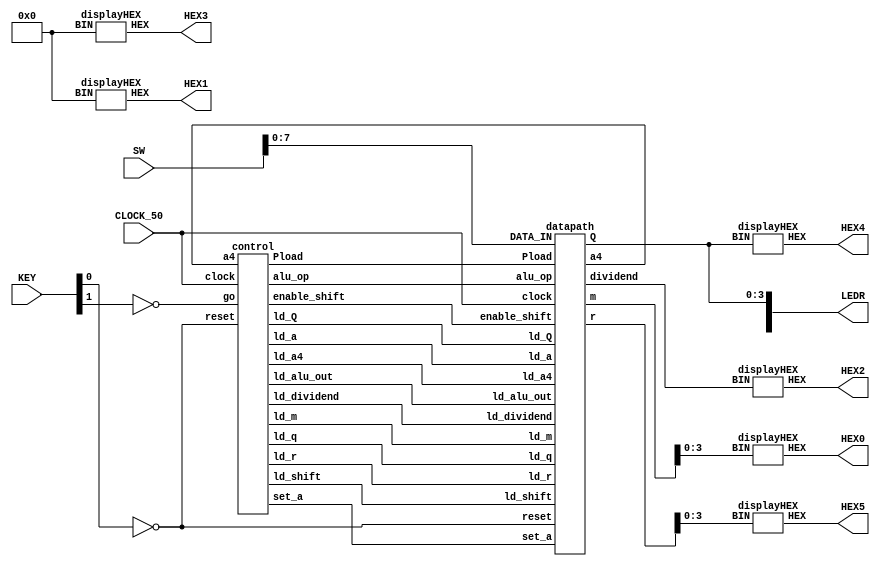
`timescale 1ns / 1ns // `timescale time_unit/time_precision

module restoringDivider4bit(input[9:0] SW, input[3:0] KEY, input CLOCK_50, output[9:0] LEDR, output[6:0] HEX0,HEX1,HEX2,HEX3,HEX4,HEX5);
	// Wires to connect datapath and control
	wire ld_m,ld_a,ld_q,ld_a4;
	wire ld_r,ld_Q,ld_dividend;
	wire ld_alu_out,alu_op,enable_shift;
	wire Pload,ld_shift,set_a;
	
	// Datapath output wires
	wire[3:0] dividend,quotient;
	wire[4:0] remainder,divisor;
	wire a4; // ALSO A CONTROL INPUT WIRE
	
	// Input wires
	wire reset,go;
	wire[7:0] DATA_IN;

	assign reset = ~KEY[0];
	assign go = ~KEY[1];
	assign DATA_IN = SW[7:0];
	
	// Control module
	control c0(
		.clock(CLOCK_50),.reset(reset),.go(go),
		.a4(a4),
		.ld_m(ld_m),.ld_a(ld_a),.ld_q(ld_q),.ld_a4(ld_a4),
		.ld_r(ld_r),.ld_Q(ld_Q),.ld_dividend(ld_dividend),
		.ld_alu_out(ld_alu_out),.alu_op(alu_op),.enable_shift(enable_shift),
		.Pload(Pload),.ld_shift(ld_shift),.set_a(set_a)
	);
	
	// Datapath module
	datapath d0(
		.clock(CLOCK_50),.reset(reset),
		.DATA_IN(DATA_IN),
		.ld_m(ld_m),.ld_a(ld_a),.ld_q(ld_q),.ld_a4(ld_a4),
		.ld_r(ld_r),.ld_Q(ld_Q),.ld_dividend(ld_dividend),
		.ld_alu_out(ld_alu_out),.alu_op(alu_op),.enable_shift(enable_shift),
		.Pload(Pload),.ld_shift(ld_shift),.set_a(set_a),
		.m(divisor),.dividend(dividend),.Q(quotient),.r(remainder),
		.a4(a4)
	);
	
	// Output
	assign LEDR[3:0] = quotient;
	displayHEX h0(.BIN(divisor[3:0]),.HEX(HEX0));
	displayHEX h1(.BIN(4'b0),.HEX(HEX1));
	displayHEX h2(.BIN(dividend),.HEX(HEX2));
	displayHEX h3(.BIN(4'b0),.HEX(HEX3));
	displayHEX h4(.BIN(quotient),.HEX(HEX4));
	displayHEX h5(.BIN(remainder[3:0]),.HEX(HEX5));
endmodule

// Tracks state and datapath control signals depending on state
module control(
	input clock,reset,go,
	input a4,
	output reg ld_m,ld_a,ld_q,ld_a4,
	output reg ld_r,ld_Q,ld_dividend,
	output reg ld_alu_out,alu_op,enable_shift,
	output reg Pload,ld_shift,set_a
	);

	// Keeps track of state
	reg[3:0] current_state,next_state;
	reg[1:0] counter;
	reg reset_counter,increment;
	
	// Assigning state values
	localparam 	S_LOAD_VALS 		= 4'd0,
					S_LOAD_VALS_WAIT 	= 4'd1,
					S_CYCLE_0 			= 4'd2,
					S_CYCLE_1 			= 4'd3,
					S_CYCLE_2 			= 4'd4,
					S_CYCLE_3 			= 4'd5,
					S_CYCLE_4 			= 4'd6,
					S_CYCLE_5 			= 4'd7,
					S_CYCLE_6 			= 4'd8,
					S_CYCLE_7			= 4'd9;
	
	// Counter register for number of cycles done
	always @(posedge clock)
	begin
		if(reset) // Active high reset
			counter <= 2'b0;
		else if(reset_counter) // Reset to beginning of cycle
			counter <= 2'b0;
		else if(increment) // Increment counter (done at end of a cycle)
			counter <= counter+1;
	end
	
	// State table
	always @(*)
	begin
		case(current_state)
			S_LOAD_VALS: // Loop in state until value is input
				next_state = go ? S_LOAD_VALS_WAIT:S_LOAD_VALS;
			S_LOAD_VALS_WAIT: // Loop in state until go signal goes low
				next_state = go ? S_LOAD_VALS_WAIT:S_CYCLE_0;
			S_CYCLE_0: // Pload shift register
				next_state = S_CYCLE_1;
			S_CYCLE_1: // Shift shift register
				next_state = S_CYCLE_2;
			S_CYCLE_2: // Load shifted values to a and q
				next_state = S_CYCLE_3;
			S_CYCLE_3: // a <- a-m
				next_state = S_CYCLE_4;
			S_CYCLE_4: // q0 <- !a4
				next_state = a4 ? S_CYCLE_5:S_CYCLE_6;
			S_CYCLE_5: // a <- a+m
				next_state = S_CYCLE_6;
			S_CYCLE_6: // Increment counter
				next_state = (counter==3) ? S_CYCLE_7:S_CYCLE_0;
			S_CYCLE_7: // Load a and q values to output
				next_state = S_LOAD_VALS;
			default: next_state = S_LOAD_VALS;
		endcase
	end
	
	// Changing data control signals
	always @(*)
	begin
		// Initializing signals to 0 to avoid latches
		ld_m = 0; ld_a = 0; ld_q = 0; ld_a4 = 0;
		ld_r = 0; ld_Q = 0; ld_dividend = 0;
		ld_alu_out = 0; alu_op = 0; enable_shift = 0;
		Pload = 0; ld_shift = 0; set_a = 0;
		increment = 0; reset_counter = 0;
		
		case(current_state)
			S_LOAD_VALS: // Load input values
			begin
				ld_m = 1;
				set_a = 1;
				ld_dividend = 1;
				ld_shift = 0; ld_q = 1;
				reset_counter = 1;
			end
			S_CYCLE_0: // Pload shift register
			begin
				Pload = 1;
			end
			S_CYCLE_1: // Shift shift register
			begin
				enable_shift = 1;
			end
			S_CYCLE_2: // Load shifted values to a and q
			begin
				ld_shift = 1; ld_q = 1;
				ld_alu_out = 0; ld_a = 1;
			end
			S_CYCLE_3: // a <- a-m
			begin
				ld_alu_out = 1; ld_a = 1;
				alu_op = 1; // Subtraction
			end
			S_CYCLE_4: // q0 <- !a4
			begin
				ld_a4 = 1;
			end
			S_CYCLE_5: // a <- a+m
			begin
				ld_alu_out = 1; ld_a = 1;
				alu_op = 0;
			end
			S_CYCLE_6: // Increment counter
			begin
				increment = 1;
			end
			S_CYCLE_7: // Load a and q values to output
			begin
				ld_r = 1;
				ld_Q = 1;
			end
		endcase
	end
	
	// Register for current state
	always @(posedge clock)
	begin
		if(reset) // Reset to value input state, active high
			current_state <= S_LOAD_VALS;
		else // Load next state
			current_state <= next_state;
	end
endmodule

module datapath(
	input clock,reset,
	input[7:0] DATA_IN,
	input ld_m,ld_a,ld_q,ld_a4,
	input ld_r,ld_Q,ld_dividend,
	input ld_alu_out,alu_op,enable_shift,
	input Pload,ld_shift,set_a,
	output reg[3:0] dividend,Q,
	output reg[4:0] r,m,
	output a4
	);
	
	// Internal registers
	reg[4:0] a,alu_out;
	reg[3:0] q;
	reg[8:0] shift_out;
	
	// Registers m,a,q,r,Q, and dividend with input logic
	always @(posedge clock)
	begin
		if(reset) // Active high reset
		begin
			m <= 5'b0;
			a <= 5'b0;
			q <= 4'b0;
			r <= 5'b0;
			Q <= 4'b0;
			dividend <= 4'b0;
		end
		else
		begin
			// Divisor register
			if(ld_m)
				m <= {1'b0,DATA_IN[3:0]};
			// Register A
			if(ld_a)
				a <= ld_alu_out ? alu_out:shift_out[8:4];
			else if(set_a)
				a <= 5'b0;
			// Dividend register (NOT OUTPUT)
			if(ld_q)
				q <= ld_shift ? shift_out[3:0]:DATA_IN[7:4];
			else if(ld_a4)
				q[0] <= !a[4];
			// Remainder register
			if(ld_r)
				r <= a;
			// Quotient register
			if(ld_Q)
				Q <= q;
			// Dividend register (OUTPUT)
			if(ld_dividend)
				dividend <= DATA_IN[7:4];
		end
	end
	
	// ALU
	always @(*)
	begin
		case(alu_op)
			0: // L+R
				alu_out = a+m;
			1: // L-R
				alu_out = a-m;
			default: alu_out = 0;
		endcase
	end
	
	// Shift register
	always @(posedge clock)
	begin
		if(reset) // Active high reset
			shift_out <= 0;
		else if(Pload) // Parallel load
			shift_out <= {a,q};
		else if(enable_shift) // Shift left, insert complement of MSB to LSB
			shift_out <= {shift_out[7:0],1'b0};
	end
	
	// Assign a4
	assign a4 = a[4];
endmodule

// Turns decimal to HEX (from lab 2)
module displayHEX(input [3:0] BIN, output [6:0] HEX);
	 wire x = BIN[3], y = BIN[2], z = BIN[1], w = BIN[0];
	 //assign each segment with appropriate formula
	 assign HEX[0] = ~((x|y|z|~w)&(x|~y|z|w)&(~x|y|~z|~w)&(~x|~y|z|~w));
	 assign HEX[1] = ~((x|~y|z|~w)&(x|~y|~z|w)&(~x|y|~z|~w)&(~x|~y|z|w)&(~x|~y|~z|w)&(~x|~y|~z|~w));
	 assign HEX[2] = ~((x|y|~z|w)&(~x|~y|z|w)&(~x|~y|~z|w)&(~x|~y|~z|~w));
	 assign HEX[3] = ~((x|y|z|~w)&(x|~y|z|w)&(x|~y|~z|~w)&(~x|y|z|~w)&(~x|y|~z|w)&(~x|~y|~z|~w));
	 assign HEX[4] = ~((x|y|z|~w)&(x|y|~z|~w)&(x|~y|z|w)&(x|~y|z|~w)&(x|~y|~z|~w)&(~x|y|z|~w));
	 assign HEX[5] = ~((x|y|z|~w)&(x|y|~z|w)&(x|y|~z|~w)&(x|~y|~z|~w)&(~x|~y|z|~w));
	 assign HEX[6] = ~((x|y|z|w)&(x|y|z|~w)&(x|~y|~z|~w)&(~x|~y|z|w));
endmodule